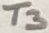
Text: T3